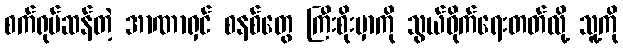
စက်ရုပ်ဆန်တဲ့ အာဏာရှင် စနစ်တွေ ကြီးစိုးမှာကို သွယ်ဝိုက်ရေးတတ်လို့ သူ့ကို